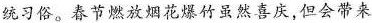
统习俗。春节燃放烟花爆竹虽然喜庆，但会带来